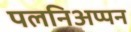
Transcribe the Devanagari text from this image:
पलनिअप्पन